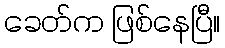
ခေတ်က ဖြစ်နေပြီ။